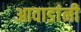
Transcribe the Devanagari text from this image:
आवाडांनी